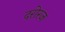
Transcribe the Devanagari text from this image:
दरोरज